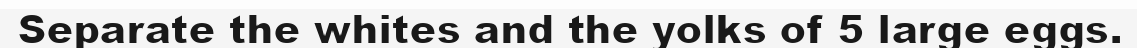
Separate the whites and the yolks of 5 large eggs.